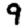
Digit: 9